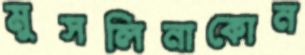
মুসলিনাকোন